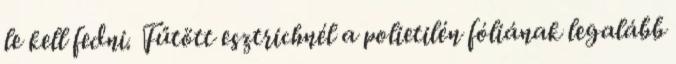
le kell fedni. Fűtött esztrichnél a polietilén fóliának legalább